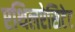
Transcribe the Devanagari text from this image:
एथिलऐसिटेट